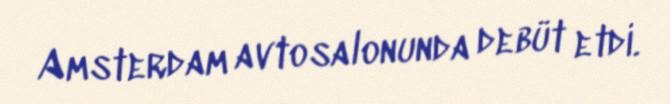
Amsterdam avtosalonunda debüt etdi.